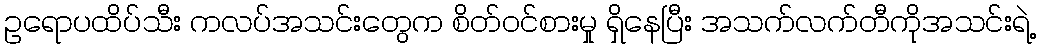
ဥရောပထိပ်သီး ကလပ်အသင်းတွေက စိတ်ဝင်စားမှု ရှိနေပြီး အသက်လက်တီကိုအသင်းရဲ့